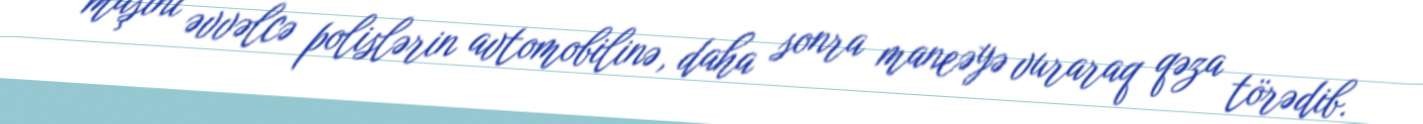
maşını əvvəlcə polislərin avtomobilinə, daha sonra maneəyə vuraraq qəza törədib.